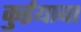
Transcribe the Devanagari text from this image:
कुईयाबा